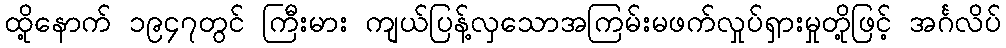
ထို့နောက် ၁၉၄၇တွင် ကြီးမား ကျယ်ပြန့်လှသောအကြမ်းမဖက်လှုပ်ရှားမှုတို့ဖြင့် အင်္ဂလိပ်